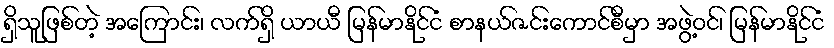
ရှိသူဖြစ်တဲ့ အကြောင်း၊ လက်ရှိ ယာယီ မြန်မာနိုင်ငံ စာနယ်ဇင်းကောင်စီမှာ အဖွဲ့ဝင်၊ မြန်မာနိုင်ငံ